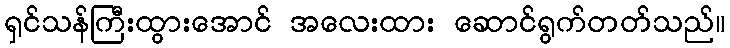
ရှင်သန်ကြီးထွားအောင် အလေးထား ဆောင်ရွက်တတ်သည်။